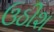
ઉઠીશ